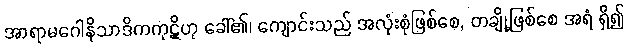
အာရာမဂေါနိသာဒိကကုဋိဟု ခေါ်၏၊ ကျောင်းသည် အလုံးစုံဖြစ်စေ, တချို့ဖြစ်စေ အရံ ရှိ၍